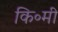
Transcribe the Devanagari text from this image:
कि॰मी